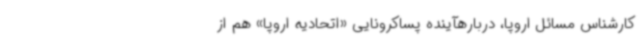
کارشناس مسائل اروپا، دربارهآینده پساکرونایی «اتحادیه اروپا» هم از